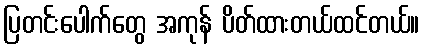
ပြတင်းပေါက်တွေ အကုန် ပိတ်ထားတယ်ထင်တယ်။